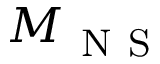
M _ { \ensuremath { \mathrm { ~ N ~ S ~ } } }